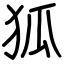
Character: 狐